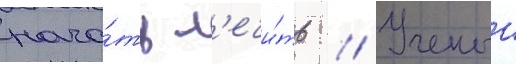
нача́ть л'ечи́ть // Ученыи